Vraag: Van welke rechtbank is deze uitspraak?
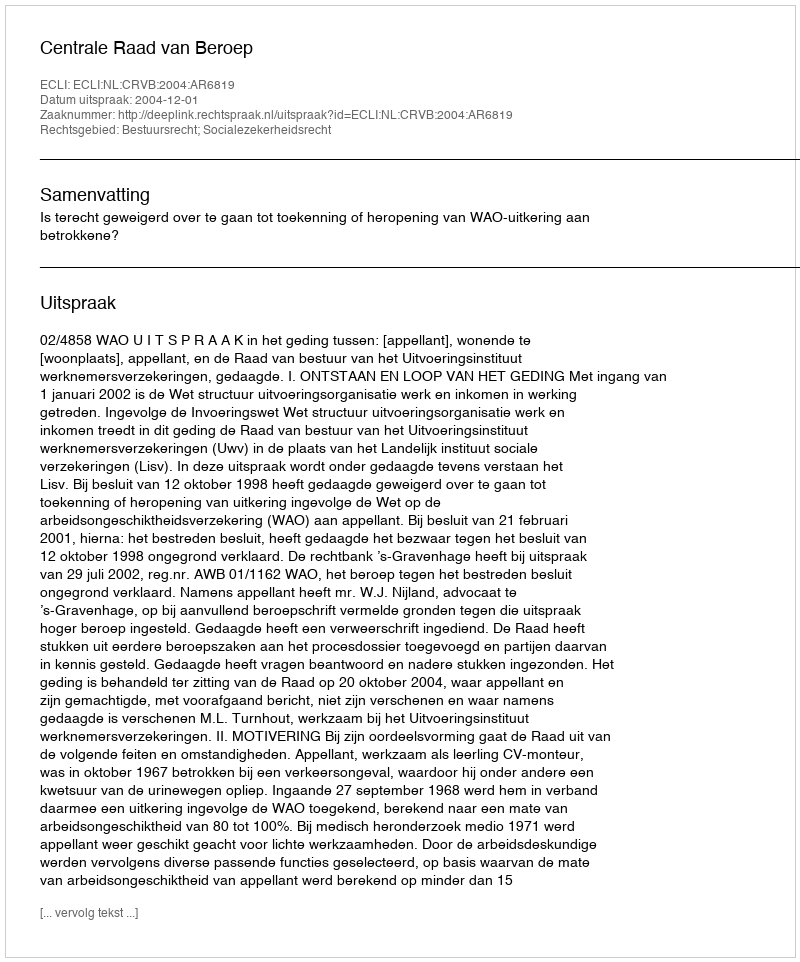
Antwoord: Centrale Raad van Beroep